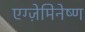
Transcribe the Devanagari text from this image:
एग्ज़ेमिनेष्ण